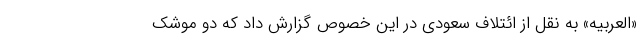
«العربیه» به نقل از ائتلاف سعودی در این خصوص گزارش داد که دو موشک